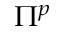
\Pi ^ { p }